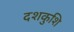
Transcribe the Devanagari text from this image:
दशकुशि